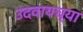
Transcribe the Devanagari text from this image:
उदवायच्या